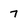
Character: 7